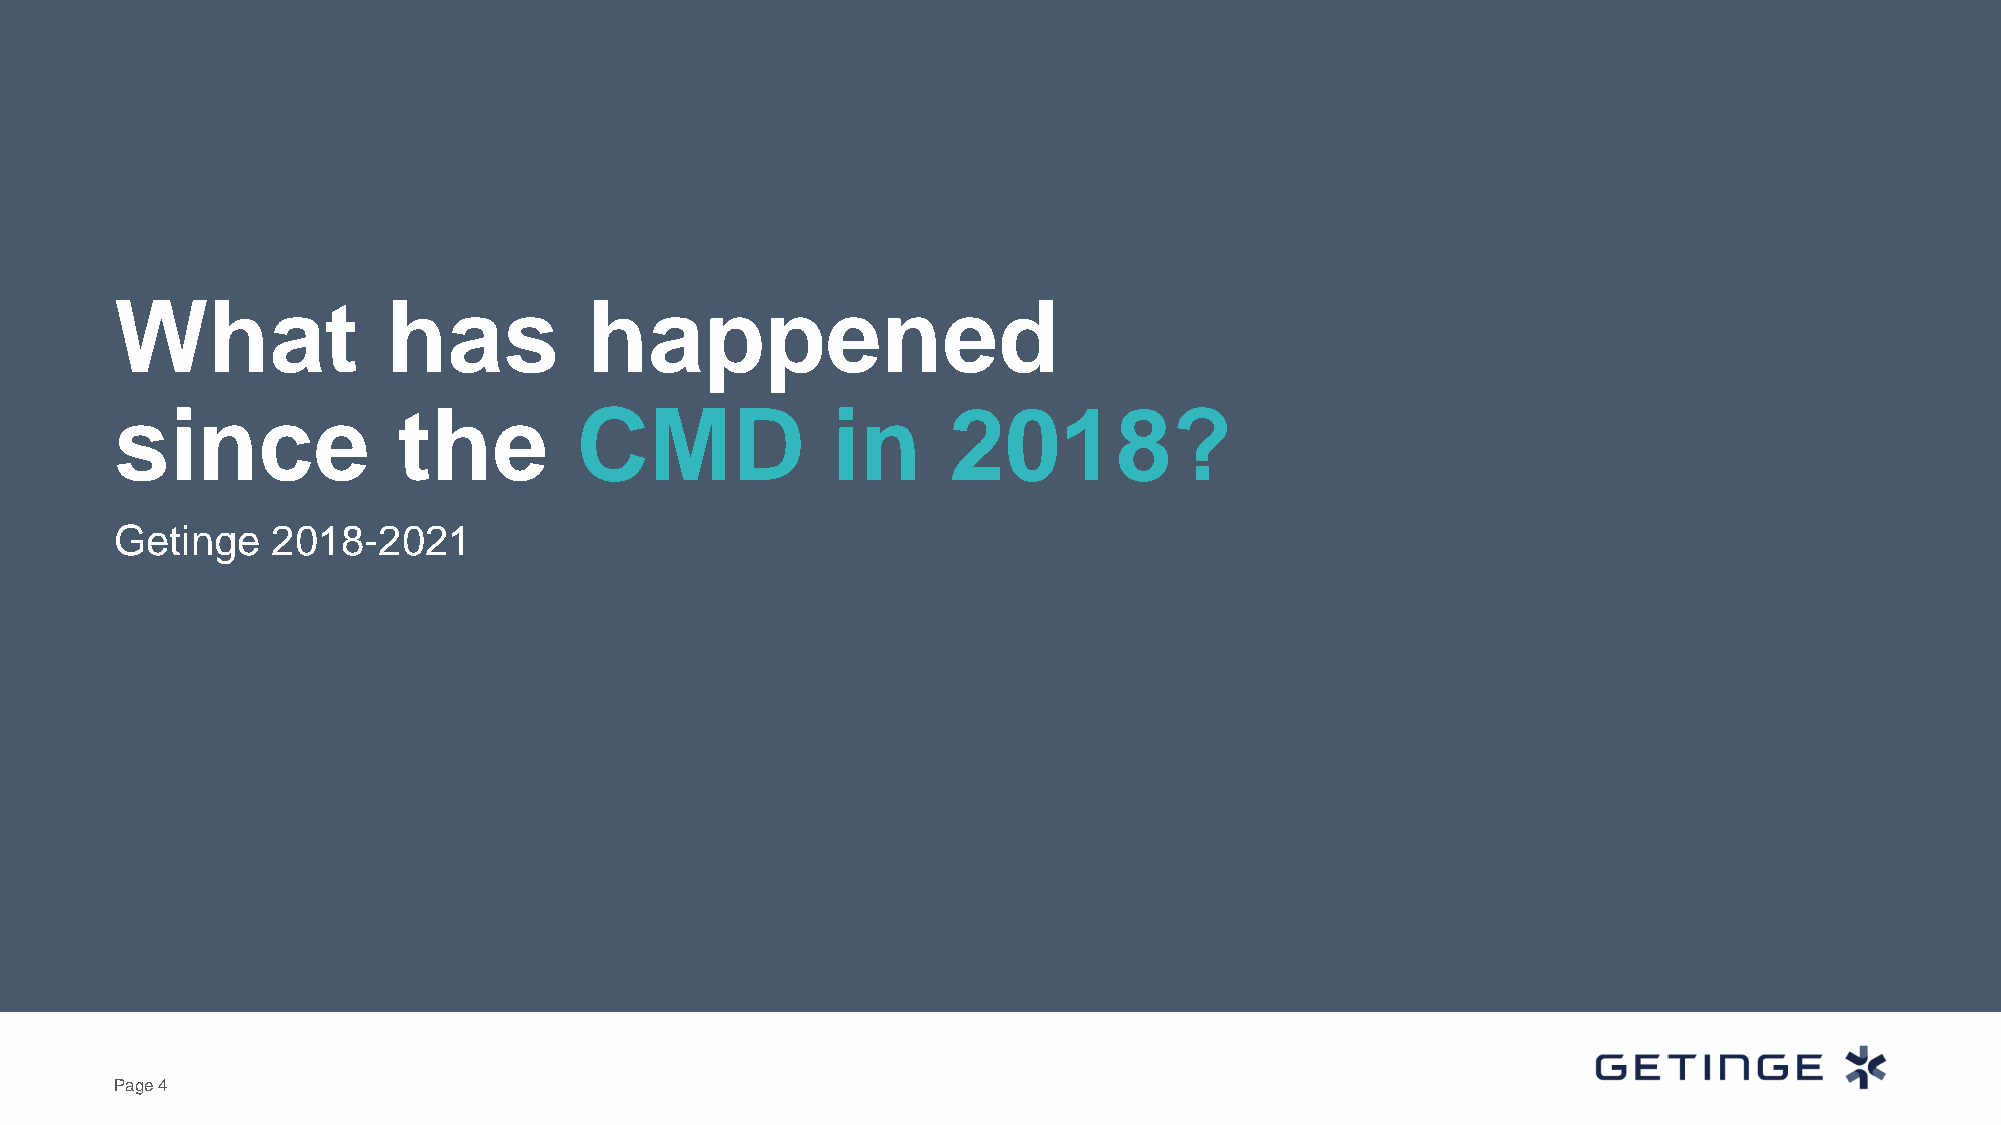
What              has          happened
 since             the         CMD              in      2018?
 Getinge   2018-2021
 Page 4